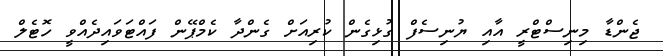
ޖެންޑާ މިނިސްޓްރީ އާއި ޔުނިސެފް ގުޅިގެން ކުރިއަށް ގެންދާ ކެމްޕޭން ފަައްޓަވައިދެއްވީ ހޮޓެލް